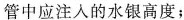
管中应注入的水银高度；